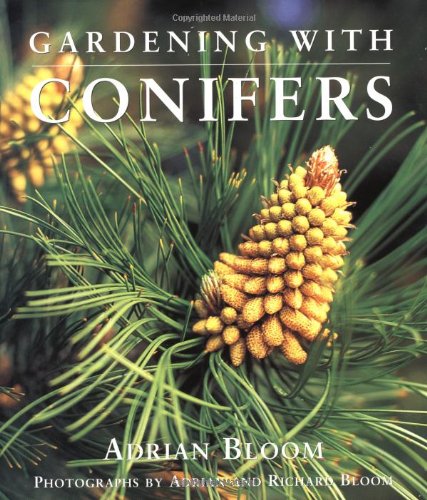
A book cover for Gardening with Conifers; Adrian Bloom; Crafts, Hobbies & Home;